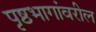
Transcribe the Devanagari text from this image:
पृष्ठभागांवरील